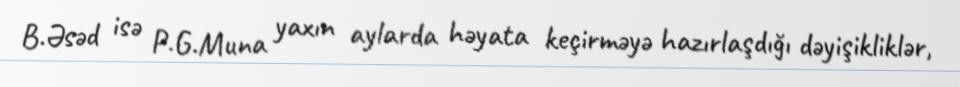
B.Əsəd isə P.G.Muna yaxın aylarda həyata keçirməyə hazırlaşdığı dəyişikliklər,